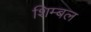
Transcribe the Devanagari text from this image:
शिम्बल